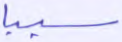
سببا